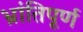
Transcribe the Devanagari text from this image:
भ्रांतिपूर्ण